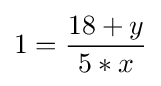
1={\frac {18+y}{5*x}}